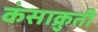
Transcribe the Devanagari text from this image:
कंसाक्रुती